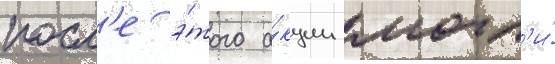
посл'е э́того а́кции могл'и́